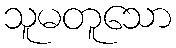
သူမတူသော